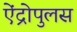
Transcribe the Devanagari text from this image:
ऐंद्रोपुलस